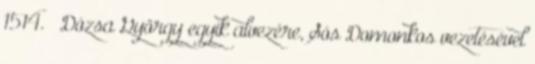
1514. – Dózsa György egyik alvezére, Sós Domonkos vezetésével